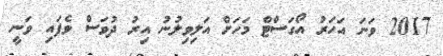
2017 ވަނަ އަހަރު އޯގަސްޓް މަހަށް އަލިވިލުނު އިރު ދުވަސް ވެފައި ވަނީ